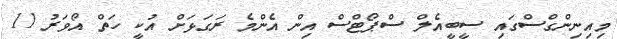
މިއިނިންގްސްގައި ސީބީއެލް ސްޕޯޓްސް އިން އެންމެ ރަގަޅަށް އުކީ ހަތް އޯވަރު 11